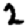
Digit: 2